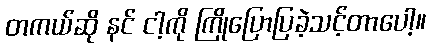
တကယ်ဆို နင် ငါ့ကို ကြိုပြောပြခဲ့သင့်တာပေါ့။